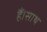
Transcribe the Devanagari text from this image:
हैं।साथ